Account of plague administration in the Bombay Presidency from September 1896 till May 1897
Year: 1896
Disease focus: Plague
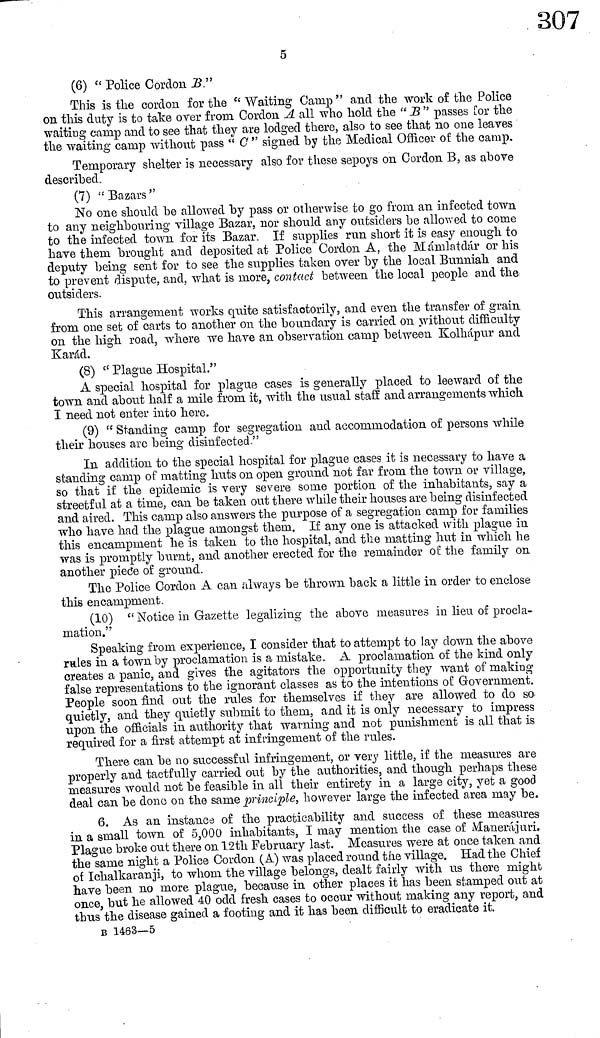
5
(6) " Police Cordon B. "
This is the cordon for the " Waiting Camp " and the work of the Police
on this duty is to take over from Cordon A all who hold the " Β " passes for the
waiting camp and to see that they are lodged there, also to see that no one leaves
the waiting camp without pass " C " signed by the Medical Officer of the camp.
Temporary shelter is necessary also for these sepoys on Cordon B, as above
described.
(7) "Bazars"
No one should be allowed by pass or otherwise to go from an infected town
to any neighbouring village Bazar, nor should any outsiders be allowed to come
to the infected town for its Bazar. If supplies run short it is easy enough to
have them brought and deposited at Police Cordon A, the Mámnlatdár or his
deputy being sent for to see the supplies taken over by the local Bunniah and
to prevent dispute, and, what is more, contact between the local people and the
outsiders.
This arrangement works quite satisfactorily, and even the transfer of grain
from one set of carts to another on the boundary is carried on without difficulty
on the high road, where we have an observation camp between Kolhápur and
Karád.
(8) " Plague Hospital."
A special hospital for plague cases is generally placed to leeward of the
town and about half a mile from it, with the usual staff and arrangements which
I need not enter into here.
(9) " Standing camp for segregation and accommodation of persons while
thier houses arc being disinfected."
In addition to the special hospital for plague cases it is necessary to have a
standing camp of matting huts on open ground not far from the town or village,
so that if the epidemic is very severe some portion of the inhabitants, say a
streetful at a time, can be taken out there while their houses are being disinfected
and aired. This camp also answers the purpose of a segregation camp for families
who have had the plague amongst them. If any one is attacked with plague in
this encampment he is taken to the hospital, and the matting hut in which he
was is promptly burnt, and another erected for the remainder of the family on
another piece of ground.
The Police Cordon A can always be thrown back a little in order to enclose
this encampment.
(10) "Notice in Gazette legalizing the above measures in lieu of procla-
mation."
Speaking from experience, I consider that to attempt to lay clown the above
rules in a town by proclamation is a mistake. A proclamation of the kind only
creates a panic, and gives the agitators the opportunity they want of making
false representations to the ignorant classes as to the intentions of Government.
People soon find out the rules for themselves if they are allowed to do so
quietly, and they quietly submit to them, and it is only necessary to impress
upon the officials in authority that warning and not punishment is all that is
required for a first attempt at infringement of the rules.
There can be no successful infringement, or very little, if the measures are
properly and tactfully carried out by the authorities, and though perhaps these
measures would not be feasible in all their entirety in a large city, yet a good
deal can be done on the same principle, however large the infected area may be.
6. As an instance of the practicability and success of these measures
in a small town of 5,000 inhabitants, I may mention the case of Manerájuri.
Plague broke out there on 12th February last. Measures were at once taken and
the same night a Police Cordon (A) was placed round the village. Had the Chief
of Ichalkaranji, to whom the village belongs, dealt fairly with us there might
have been no more plague, because in other places it has been stamped out at
once, but he allowed 40 odd fresh cases to occur without making any report, and
thus the disease gained a footing and it has been difficult to eradicate it,
Β 1463—5